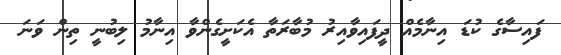
ފައިސާގެ ކުޑަ އިނާމެއް ދީފަައިވާއިރު މުބާރަތާ އެކަށީގެންވާ އިނާމު ލިބުނީ ތިން ވަނަ